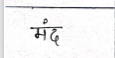
मजकूर: मंद